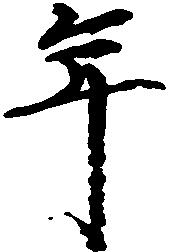
年